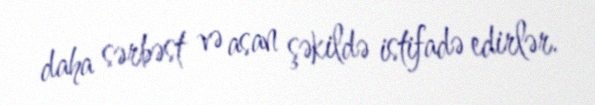
daha sərbəst və asan şəkildə istifadə edirlər.